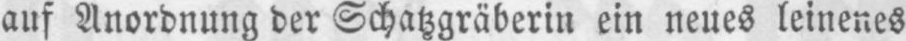
auf Anordnung der Schatzgräberin ein neues leinenes